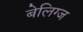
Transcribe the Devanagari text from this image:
बेलिग्ज